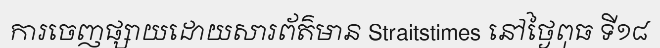
ការចេញផ្សាយដោយសារព័ត៌មាន Straitstimes នៅថ្ងៃពុធ ទី១៨